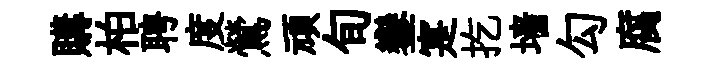
購柏聘度鶯頑旬鑾寔扢墙勾腐